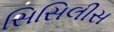
સિસિલીસ